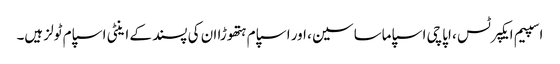
اسپیم ایکپرٹس ، اپاچی اسپاماساسین ، اور اسپام ہتھوڑا ان کی پسند کے اینٹی اسپام ٹولز ہیں۔